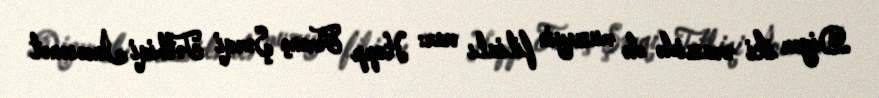
Digər iki ərazidə də muzeyin filialı var: Hopp Ferenç Şərqi Tətbiqi İncəsənət